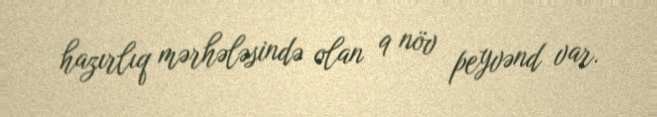
hazırlıq mərhələsində olan 9 növ peyvənd var.